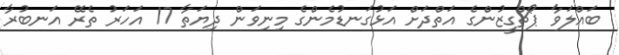
ބައްލަވާ ޕޯޗްގީޒުންގެ އަތްދަށް އަޅުގަނޑުމެންގެ މިނިވަން ދިޔަތާ 17 އަހަރު ތެރޭ އަނބުރާ